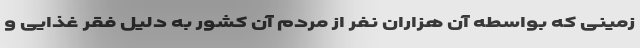
زمینی که بواسطه آن هزاران نفر از مردم آن کشور به دلیل فقر غذایی و